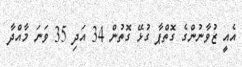
އެއީ ޒުވާނުންގެ ގޮތްޕާ ގުޅޭ ގޮތުން 34 އަދި 35 ވަނަ މާއްދާ